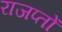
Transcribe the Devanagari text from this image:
राजप्तों